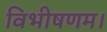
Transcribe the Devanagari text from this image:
विभीषणम।